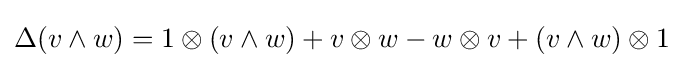
\Delta (v\wedge w)=1\otimes (v\wedge w)+v\otimes w-w\otimes v+(v\wedge w)\otimes 1